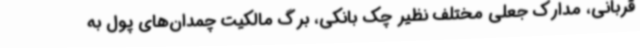
قربانی، مدارک جعلی مختلف نظیر چک بانکی، برگ مالکیت چمدان‌های پول به